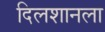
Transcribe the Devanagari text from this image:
दिलशानला